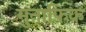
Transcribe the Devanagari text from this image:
मुनाफ़िक़